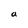
Character: a